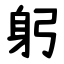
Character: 躬